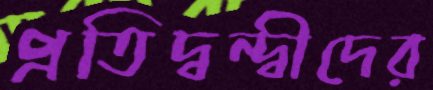
প্রতিদ্বন্দ্বীদের